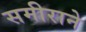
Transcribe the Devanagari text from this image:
समीराने